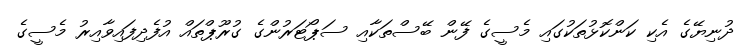
ދުނިޔޭގެ އެކި ކަންކޮޅުތަކުގައި މެސީގެ ފޭން ބޭސްތަކާއި ސަޕޯޓަރުންގެ ގުރޫޕްތައް އުފެދިފައިވާއިރު މެސީގެ